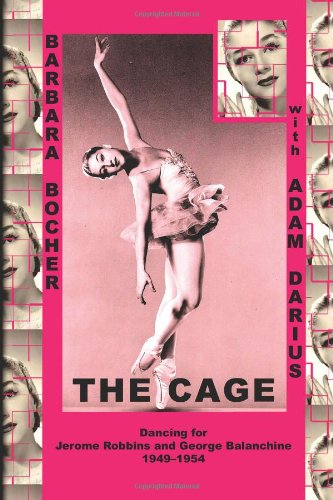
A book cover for The Cage: Dancing for Jerome Robbins and George Balanchine, 1949-1954; Barbara Bocher; Biographies & Memoirs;